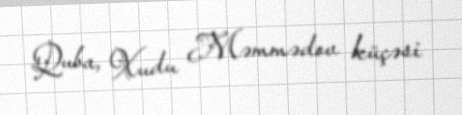
Quba, Xudu Məmmədov küçəsi